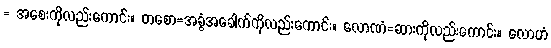
= အစေးကိုလည်းကောင်း။ တစော=အခွံအခေါက်ကိုလည်းကောင်း။ လောဏံ=ဆားကိုလည်းကောင်း။ လောဟံ